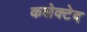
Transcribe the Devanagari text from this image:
कलेक्टेद